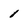
Character: 1